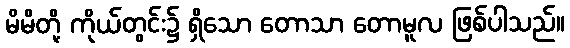
မိမိတို့ ကိုယ်တွင်း၌ ရှိသော တောသာ တောမူလ ဖြစ်ပါသည်။